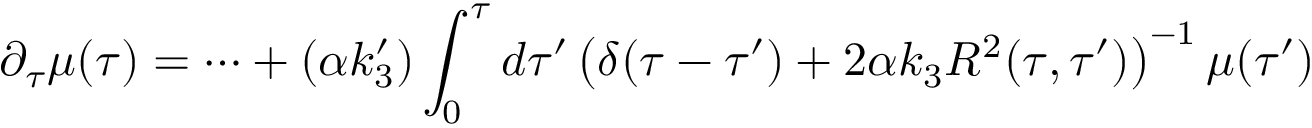
\partial _ { \tau } \mu ( \tau ) = \dots + ( \alpha k _ { 3 } ^ { \prime } ) \int _ { 0 } ^ { \tau } d \tau ^ { \prime } \left( \delta ( \tau - \tau ^ { \prime } ) + 2 \alpha k _ { 3 } R ^ { 2 } ( \tau , \tau ^ { \prime } ) \right) ^ { - 1 } \mu ( \tau ^ { \prime } )